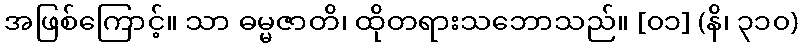
အဖြစ်ကြောင့်။ သာ ဓမ္မဇာတိ၊ ထိုတရားသဘောသည်။ [၀၁] (နိ၊ ၃၁၀)